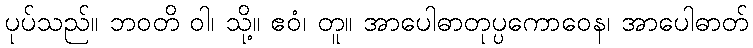
ပုပ်သည်။ ဘဝတိ ဝါ၊ သို့။ ဧဝံ၊ တူ။ အာပေါဓာတုပ္ပကောဝေန၊ အာပေါဓာတ်